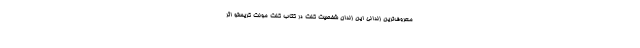
معروف‌ترین زندانی این زندان شخصیت کنت در کتاب کنت مونت کریستو اثر